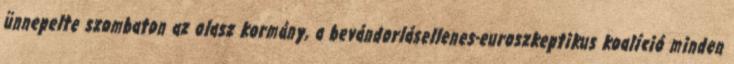
ünnepelte szombaton az olasz kormány, a bevándorlásellenes-euroszkeptikus koalíció minden